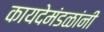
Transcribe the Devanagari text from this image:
कायदेमंडळांनी